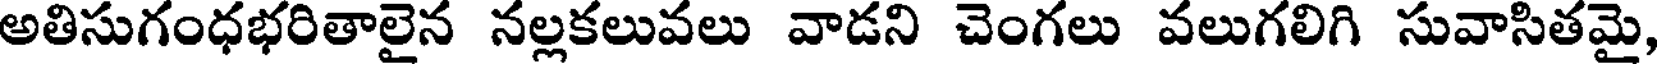
అతిసుగంధభరితాలైన నల్లకలువలు వాడని చెంగలు వలుగలిగి సువాసితమై,